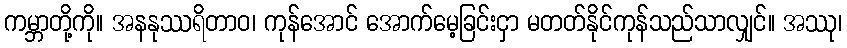
ကမ္ဘာတို့ကို။ အနနုဿရိတာဝ၊ ကုန်အောင် အောက်မေ့ခြင်းငှာ မတတ်နိုင်ကုန်သည်သာလျှင်။ အဿု၊